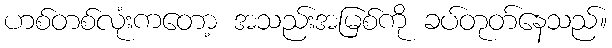
ဟစ်တစ်လုံးကတော့ အသည်းအမြစ်ကို ခပ်တုတ်နေသည်။